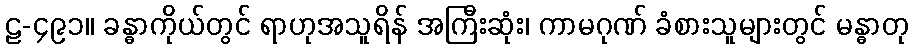
ဠ-၄၉၁။ ခန္ဓာကိုယ်တွင် ရာဟုအသူရိန် အကြီးဆုံး၊ ကာမဂုဏ် ခံစားသူများတွင် မန္ဓာတု